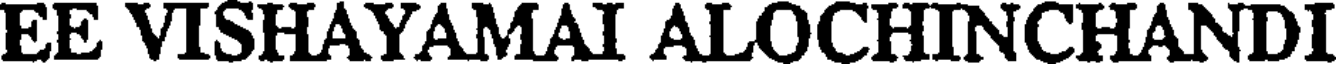
EE VISHAYAMAI ALOCHINCHANDI